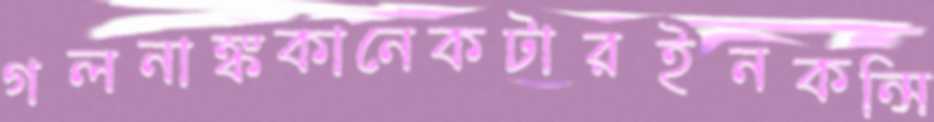
গলনাঙ্ককানেকটারইনকন্সি